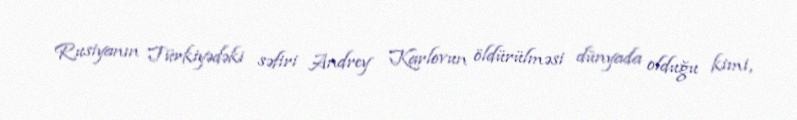
Rusiyanın Türkiyədəki səfiri Andrey Karlovun öldürülməsi dünyada olduğu kimi,